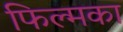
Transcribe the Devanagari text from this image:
फिल्मका